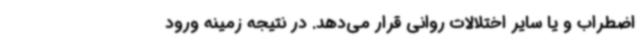
اضطراب و یا سایر اختلالات روانی قرار می‌دهد. در نتیجه زمینه ورود